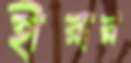
হীরার